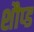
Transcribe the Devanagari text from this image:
शौप्ड